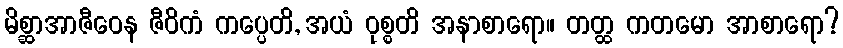
မိစ္ဆာအာဇီဝေန ဇီဝိကံ ကပ္ပေတိ, အယံ ဝုစ္စတိ အနာစာရော။ တတ္ထ ကတမော အာစာရော?